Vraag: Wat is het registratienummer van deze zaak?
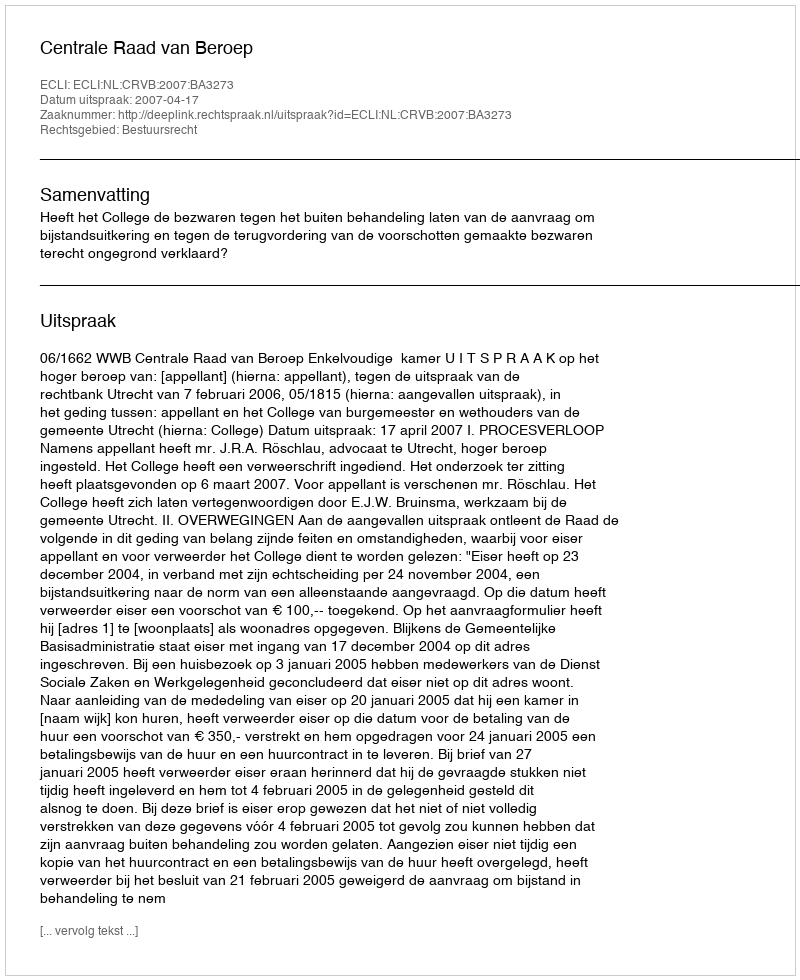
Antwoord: http://deeplink.rechtspraak.nl/uitspraak?id=ECLI:NL:CRVB:2007:BA3273